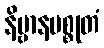
နိဗ္ဗာနမစ္စုတံ